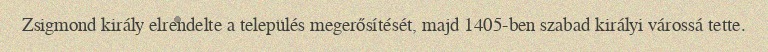
Zsigmond király elrendelte a település megerősítését, majd 1405-ben szabad királyi várossá tette.